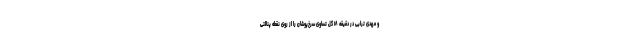
و مهدی ترابی در دقیقه ۱۸ گل تساوی سرخ‌پوشان را از روی نقطه پنالتی